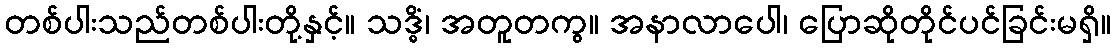
တစ်ပါးသည်တစ်ပါးတို့နှင့်။ သဒ္ဓိံ၊ အတူတကွ။ အနာလာပေါ၊ ပြောဆိုတိုင်ပင်ခြင်းမရှိ။